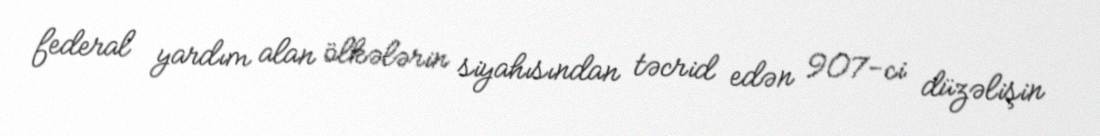
federal yardım alan ölkələrin siyahısından təcrid edən 907-ci düzəlişin